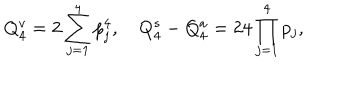
Q _ { 4 } ^ { v } = 2 \sum _ { j = 1 } ^ { 4 } p _ { j } ^ { 4 } , \quad Q _ { 4 } ^ { s } - Q _ { 4 } ^ { a } = 2 4 \prod _ { j = 1 } ^ { 4 } p _ { j } ,